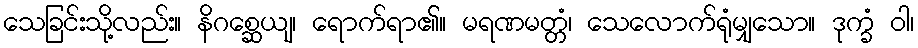
သေခြင်းသို့လည်း။ နိဂစ္ဆေယျ၊ ရောက်ရာ၏။ မရဏမတ္တံ၊ သေလောက်ရုံမျှသော။ ဒုက္ခံ ဝါ၊